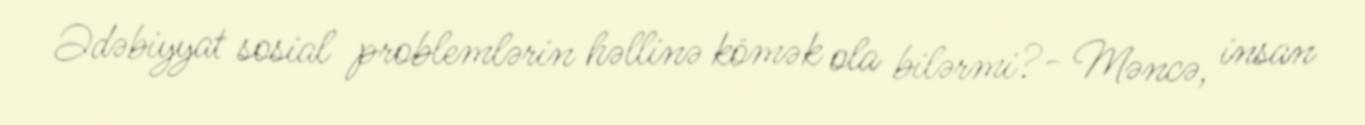
Ədəbiyyat sosial problemlərin həllinə kömək ola bilərmi?- Məncə, insan